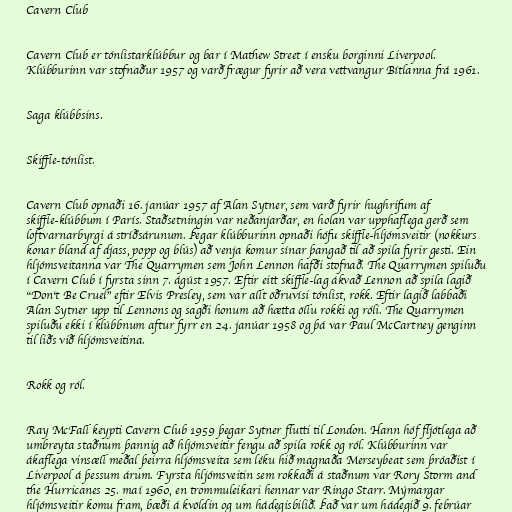
Cavern Club

Cavern Club er tónlistarklúbbur og bar í Mathew Street í ensku borginni Liverpool.
Klúbburinn var stofnaður 1957 og varð frægur fyrir að vera vettvangur Bítlanna frá 1961.

Saga klúbbsins.

Skiffle-tónlist.

Cavern Club opnaði 16. janúar 1957 af Alan Sytner, sem varð fyrir hughrifum af
skiffle-klúbbum í París. Staðsetningin var neðanjarðar, en holan var upphaflega gerð sem
loftvarnarbyrgi á stríðsárunum. Þegar klúbburinn opnaði hófu skiffle-hljómsveitir (nokkurs
konar bland af djass, popp og blús) að venja komur sínar þangað til að spila fyrir gesti. Ein
hljómsveitanna var The Quarrymen sem John Lennon hafði stofnað. The Quarrymen spiluðu
í Cavern Club í fyrsta sinn 7. ágúst 1957. Eftir eitt skiffle-lag ákvað Lennon að spila lagið
"Don‘t Be Cruel" eftir Elvis Presley, sem var allt öðruvísi tónlist, rokk. Eftir lagið labbaði
Alan Sytner upp til Lennons og sagði honum að hætta öllu rokki og róli. The Quarrymen
spiluðu ekki í klúbbnum aftur fyrr en 24. janúar 1958 og þá var Paul McCartney genginn
til liðs við hljómsveitina.

Rokk og ról.

Ray McFall keypti Cavern Club 1959 þegar Sytner flutti til London. Hann hóf fljótlega að
umbreyta staðnum þannig að hljómsveitir fengu að spila rokk og ról. Klúbburinn var
ákaflega vinsæll meðal þeirra hljómsveita sem léku hið magnaða Merseybeat sem þróaðist í
Liverpool á þessum árum. Fyrsta hljómsveitin sem rokkaði á staðnum var Rory Storm and
the Hurricanes 25. maí 1960, en trommuleikari hennar var Ringo Starr. Mýmargar
hljómsveitir komu fram, bæði á kvöldin og um hádegisbilið. Það var um hádegið 9. febrúar